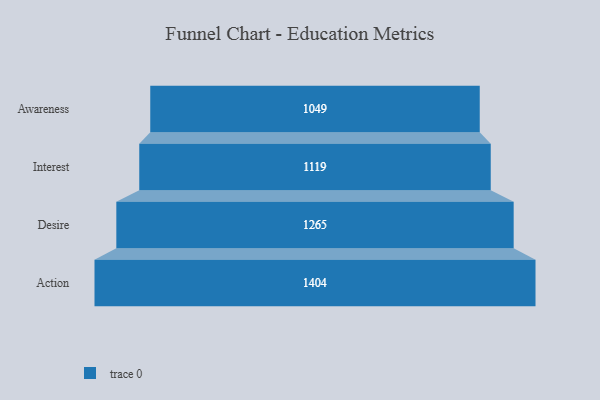
{"axis": {"x": "Stage", "y": "Value"}, "legend": [""], "data": [{"x": "Awareness", "y": 1049.0, "type": ""}, {"x": "Interest", "y": 1119.0, "type": ""}, {"x": "Desire", "y": 1265.0, "type": ""}, {"x": "Action", "y": 1404.0, "type": ""}]}